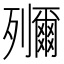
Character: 鿞